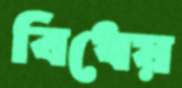
বিধেয়